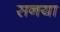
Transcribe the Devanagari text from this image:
सनया